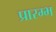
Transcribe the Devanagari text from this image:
प्रारम्भ